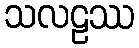
သလဠဿ